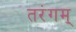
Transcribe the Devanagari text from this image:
तरंगम्